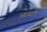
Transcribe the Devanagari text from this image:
आय़टी